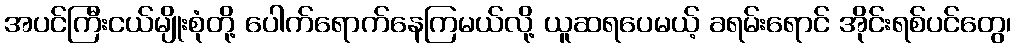
အပင်ကြီးငယ်မျိုးစုံတို့ ပေါက်ရောက်နေကြမယ်လို့ ယူဆရပေမယ့် ခရမ်းရောင် အိုင်းရစ်ပင်တွေ၊